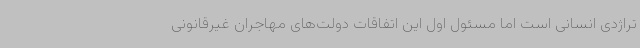
تراژدی انسانی است اما مسئول اول این اتفاقات دولت‌های مهاجران غیرقانونی